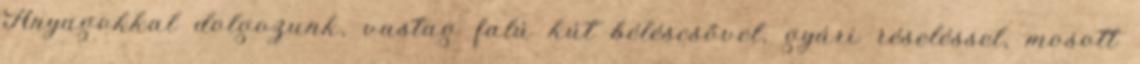
Anyagokkal dolgozunk, vastag falú kút béléscsővel, gyári réseléssel, mosott